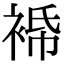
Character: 𧚓